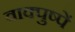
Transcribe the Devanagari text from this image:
वाक्पुष्पें